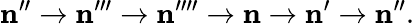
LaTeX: \mathbf{n}^{\prime\prime}\rightarrow\mathbf{n}^{\prime\prime\prime}\rightarrow\mathbf{n}^{\prime\prime\prime\prime}\rightarrow\mathbf{n}\rightarrow\mathbf{n}^{\prime}\rightarrow\mathbf{n}^{\prime\prime}.